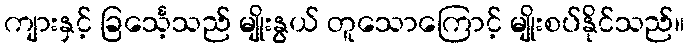
ကျားနှင့် ခြင်္သေ့သည် မျိုးနွယ် တူသောကြောင့် မျိုးစပ်နိုင်သည်။